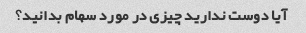
آیا دوست ندارید چیزی در مورد سهام بدانید؟